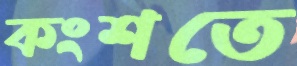
কংশতে